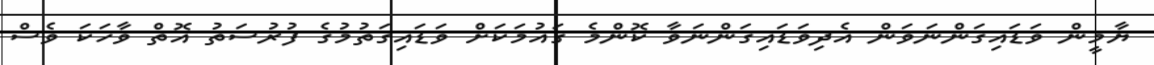
ޔާމީން ވަޑައިގަންނަވަން އެދިވަޑައިގަންނަވާ ކޮންމެ ގައުމަކަށް ވަޑައިގަތުމުގެ ފުރުސަތު އޮތް ވާހަކަ ވެސް